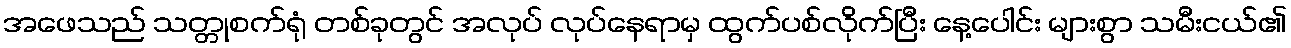
အဖေသည် သတ္တုစက်ရုံ တစ်ခုတွင် အလုပ် လုပ်နေရာမှ ထွက်ပစ်လိုက်ပြီး နေ့ပေါင်း များစွာ သမီးငယ်၏